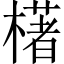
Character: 𣛰